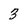
Character: 3